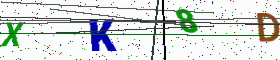
Text: XK8D